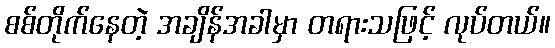
စစ်တိုက်နေတဲ့ အချိန်အခါမှာ တရားသဖြင့် လုပ်တယ်။